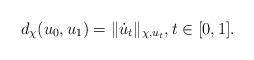
LaTeX: \begin{align*}d_\chi(u_0, u_1)=\|\dot u_t\|_{\chi, u_t}, t\in [0, 1]. \end{align*}